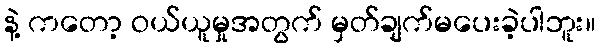
နဲ့ ကတော့ ဝယ်ယူမှုအတွက် မှတ်ချက်မပေးခဲ့ပါဘူး။